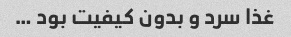
غذا سرد و بدون کیفیت بود …